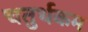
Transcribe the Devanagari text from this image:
चतुर्थकम